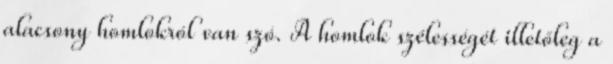
alacsony homlokról van szó. A homlok szélességét illetőleg a